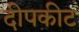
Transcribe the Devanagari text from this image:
दीपकीट